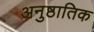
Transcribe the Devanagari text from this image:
अनुष्ठातिक